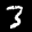
Digit: 3